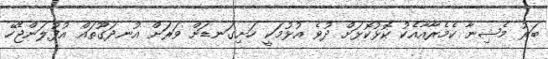
ބަރު މެޝިނާ ކެމެރާއާއެކު ކޮޅުކޮޅަށް ދުވެ އުޅުމަކީ ހަށިގަނޑަށް ވަރަށް އުނދަގޫތައް އުފުލަންޖެހޭ